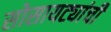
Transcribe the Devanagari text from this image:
सोसायट्यांची